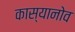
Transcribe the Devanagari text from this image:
कास्यानोव